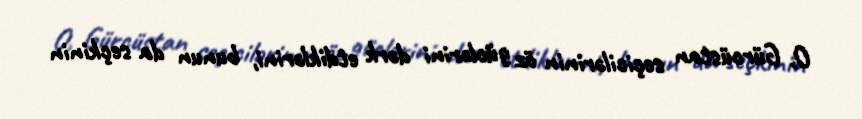
O, Gürcüstan seçicilərinin öz güclərini dərk etdiklərini, bunun da seçkinin